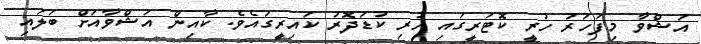
އަޝްވާ މިފަހަރު ހުރީ ކޮޓަރީގައި ހުރި ކުޑަދޮރު ކައިރީގައެވެ. ކާއިން އަޝްވާއަށް ބަލައި